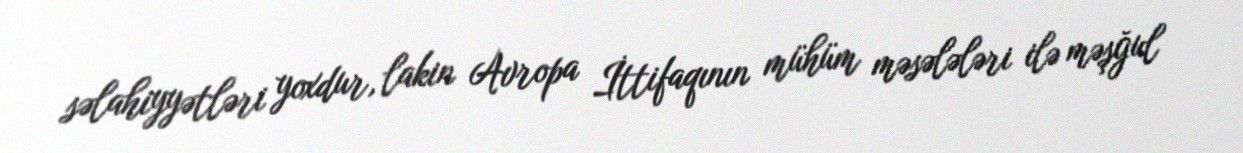
səlahiyyətləri yoxdur, lakin Avropa İttifaqının mühüm məsələləri ilə məşğul